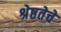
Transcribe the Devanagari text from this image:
श्रेष्ठतेचे